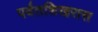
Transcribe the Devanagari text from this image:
पर्वतशिखरास